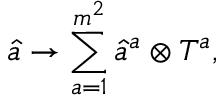
\hat { a } \rightarrow \sum _ { a = 1 } ^ { m ^ { 2 } } \hat { a } ^ { a } \otimes T ^ { a } ,